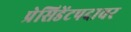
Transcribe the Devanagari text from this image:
प्रेसिडेंटपदावर